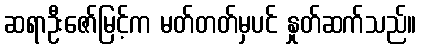
ဆရာဦးဇော်မြင့်က မတ်တတ်မှပင် နှုတ်ဆက်သည်။